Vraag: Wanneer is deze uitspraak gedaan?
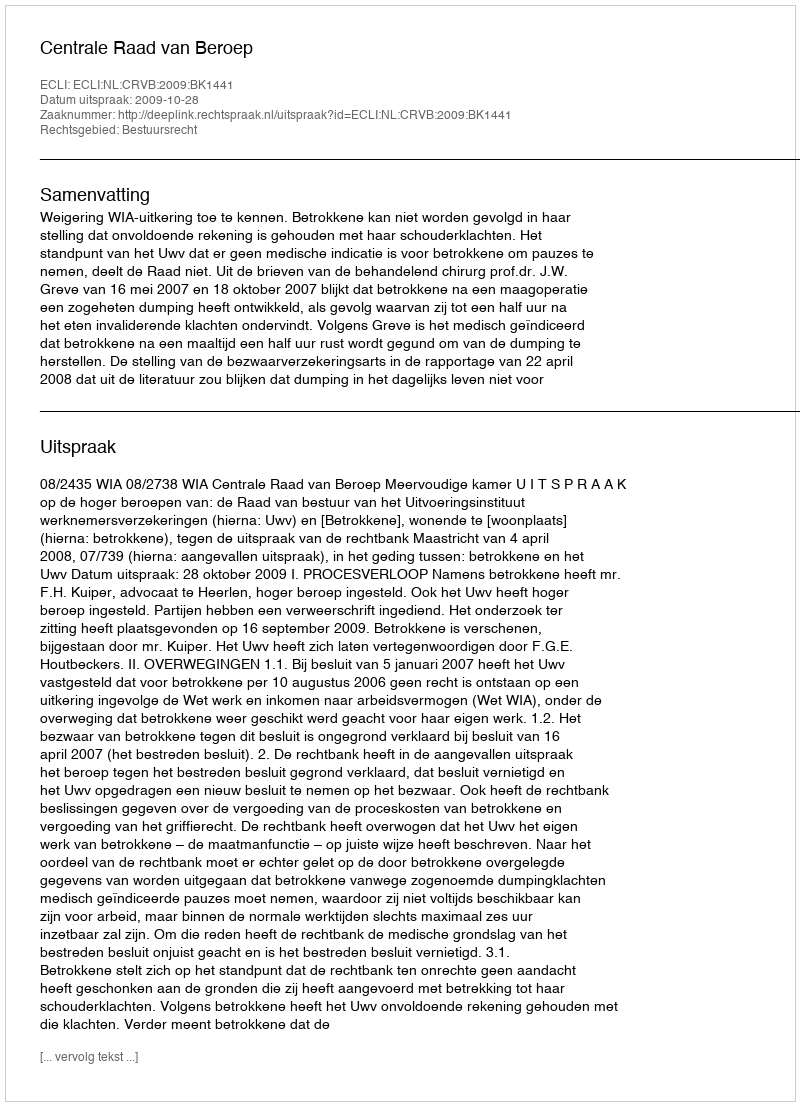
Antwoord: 2009-10-28